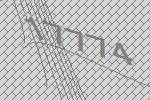
17774